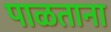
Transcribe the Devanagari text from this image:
पाळताना